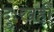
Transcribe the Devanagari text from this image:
दुःखही